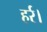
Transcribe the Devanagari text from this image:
हर्र।